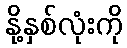
နို့နှစ်လုံးကို